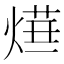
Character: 𤍞